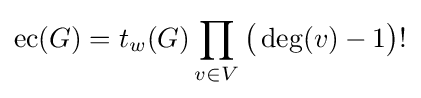
\operatorname {ec} (G)=t_{w}(G)\prod _{v\in V}{\bigl (}\deg(v)-1{\bigr )}!